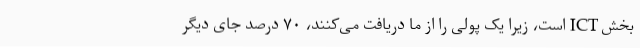
بخش ICT است، زیرا یک پولی را از ما دریافت می‌کنند، ۷۰ درصد جای دیگر